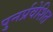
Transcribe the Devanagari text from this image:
पुनर्प्रवेशित